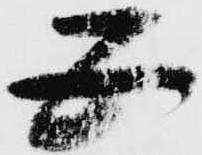
五